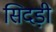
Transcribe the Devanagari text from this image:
सिदड़ी